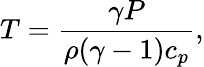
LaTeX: T=\frac{\gamma P}{\rho(\gamma-1)c_{p}},